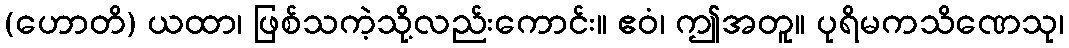
(ဟောတိ) ယထာ၊ ဖြစ်သကဲ့သို့လည်းကောင်း။ ဧဝံ၊ ဤအတူ။ ပုရိမကသိဏေသု၊